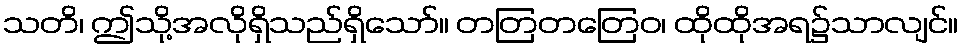
သတိ၊ ဤသို့အလိုရှိသည်ရှိသော်။ တတြတတြေဝ၊ ထိုထိုအရ၌သာလျင်။